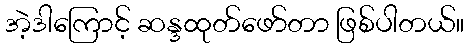
အဲ့ဒါကြောင့် ဆန္ဒထုတ်ဖော်တာ ဖြစ်ပါတယ်။